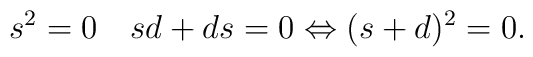
s^2=0\quad sd+ds=0\Leftrightarrow(s+d)^2=0.